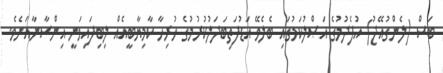
ބަސް (ލެންގުއޭޖު) އުފެދުމުގެ އަޞްލުކަމުގައި ބެލެވޭ އަޑުފަތިބަދަލުކުރުމުގެ ހުރިހާ ކާމިޔާބީއެއް ލިބިފައިވަނީ އިންސާނާއަށެވެ.